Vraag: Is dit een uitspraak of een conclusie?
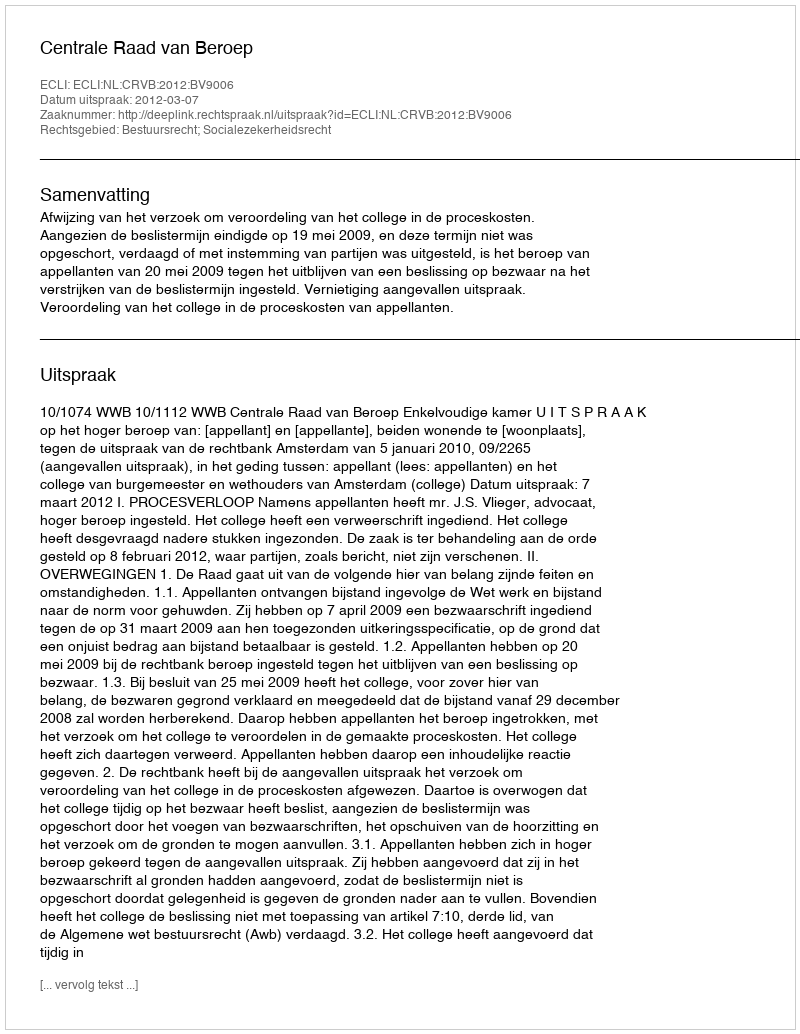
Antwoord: Uitspraak